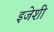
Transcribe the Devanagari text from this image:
इजेशी